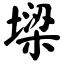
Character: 墚